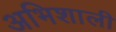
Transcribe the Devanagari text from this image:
अभिशाली